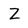
Character: Z